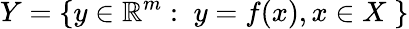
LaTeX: Y=\{ y\in\mathbb{R}^{m}:\; y=f(x),x\in X\; \}